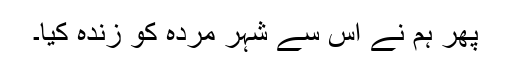
پھر ہم نے اس سے شہر مردہ کو زندہ کیا۔